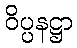
ဝိပ္ပနဋ္ဌာ